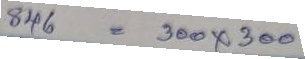
846 = 300 x 300